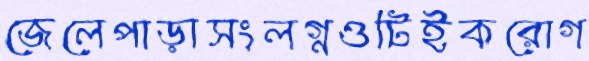
জেলেপাড়াসংলগ্নওটিইকরোগ